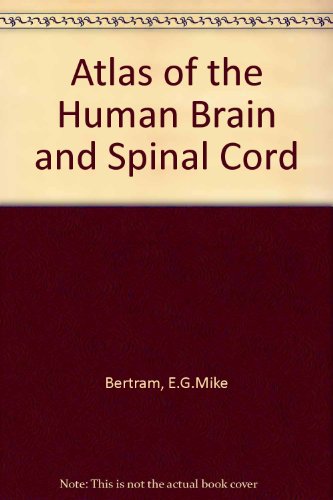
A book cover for Atlas of the Human Brain and Spinal Cord; E.G.Mike Bertram; Health, Fitness & Dieting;